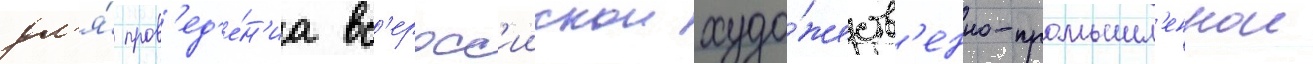
дл'я́ пров'ед'е́н'иа вс'еросс'иискои худо́жеств'енно-промышл'еннои